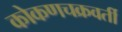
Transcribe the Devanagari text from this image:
कोकणचक्रवर्ती